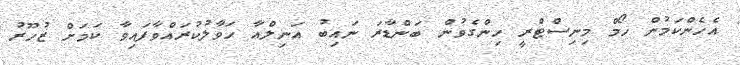
އެހެންކަމުން ހޯމް މިނިސްޓްރީ ހިންގެވުން ބަންޑާރަ ނައިބު އަނިލްއާ ހަވާލުކުރައްވާފައިވާ ކަމަށް ޒުހޫރު